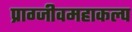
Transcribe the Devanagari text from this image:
प्राग्जीवमहाकल्प